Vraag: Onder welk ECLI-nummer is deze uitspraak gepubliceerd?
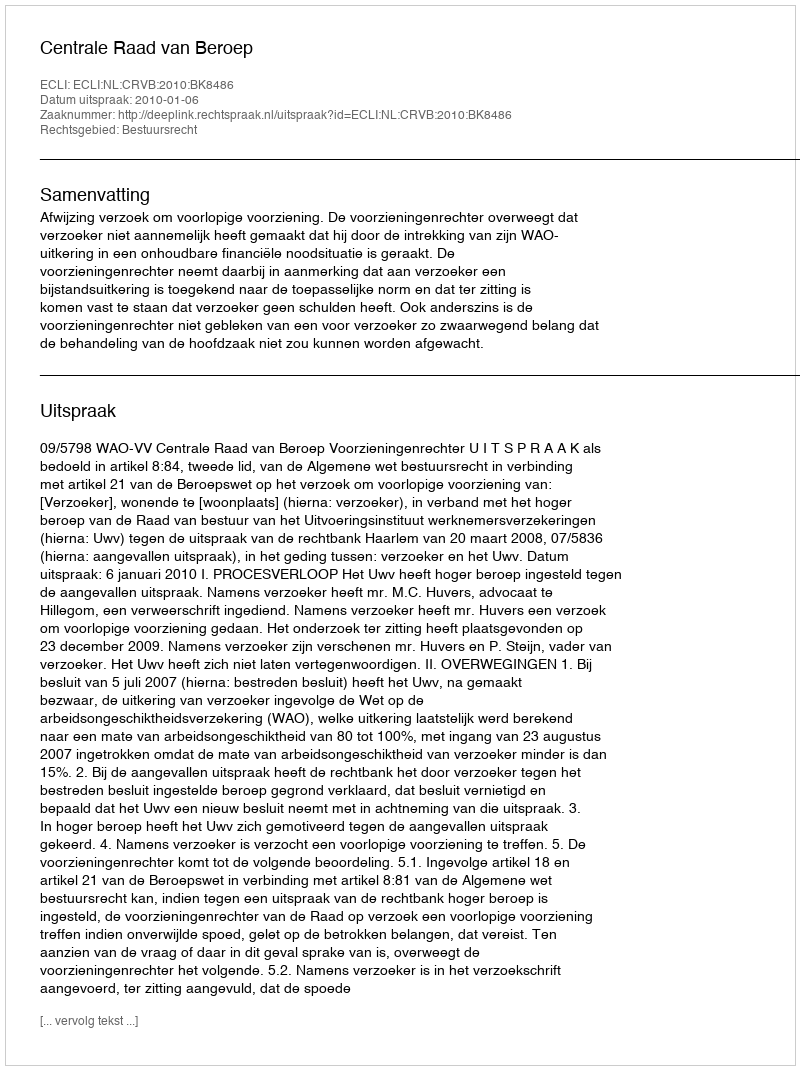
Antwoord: ECLI:NL:CRVB:2010:BK8486